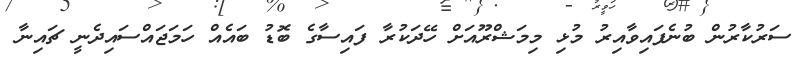
ސަރުކާރުން ބުނެފައިވާއިރު މުޅި މިމަޝްރޫއަށް ހޭދަކުރާ ފައިސާގެ ބޮޑު ބައެއް ހަމަޖައްސައިދެނީ ޗައިނާ